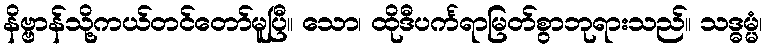
နိဗ္ဗာန်သို့ကယ်တင်တော်မူပြီ။ သော၊ ထိုဒီပင်္ကရာမြတ်စွာဘုရားသည်။ သဒ္ဓမ္မံ၊